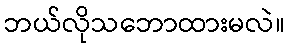
ဘယ်လိုသဘောထားမလဲ။